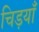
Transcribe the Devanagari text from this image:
चिड़याँ